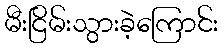
မီးငြိမ်းသွားခဲ့ကြောင်း